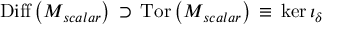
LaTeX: \mathrm { D i f f } \left( { \cal M } _ { s c a l a r } \right) \, \supset \, \mathrm { T o r } \left( { \cal M } _ { s c a l a r } \right) \, \equiv \, \mathrm { k e r } \, \iota _ { \delta }